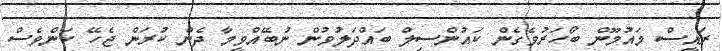
ރައީސް މައުމޫން ބޯހަރުވެގެން ކައުންސިލް ބައްދަލުވުން ނުބޭއްވީމާ ދެން ކުރަން ޖެހޭ ކަންވެސް